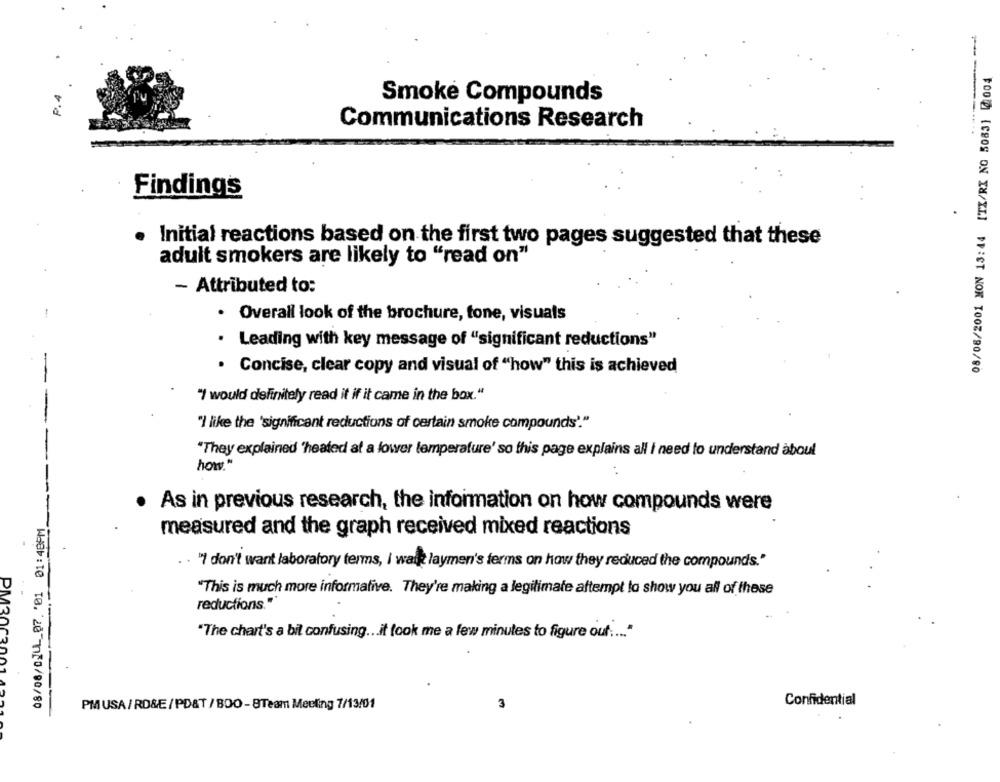
08/08/2001 MON 13:44 [TX/RX NO 5083] 2 004
P.4
---
Smoke Compounds
Communications Research
Findings
. Initial reactions based on the first two pages suggested that these
adult smokers are likely to "read on"
- Attributed to:
. Overall look of the brochure, tone, visuals
. Leading with key message of "significant reductions"
. Concise, clear copy and visual of "how" this is achieved
" would definitely read it if it came in the box."
"I like the 'significant reductions of certain smoke compounds'."
"They explained 'heated at a lower temperature' so this page explains all I need to understand aboul
how."
As in previous research, the information on how compounds were
measured and the graph received mixed reactions
" don't want laboratory terms, I wait laymen's terms on how they reduced the compounds."
"This is much more informative. They're making a legitimate aftempt lo show you all of these
reductions.""
"The chart's a bit confusing ... it (ook me a few minutes to figure out :... "
PM30030
01
Web:10 10. 20170/00/80
Confidential
PM USA/ RD&E/PD&T / BDO-BTeam Meeting 7/13/01
3